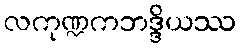
လကုဏ္ဍကဘဒ္ဒိယဿ